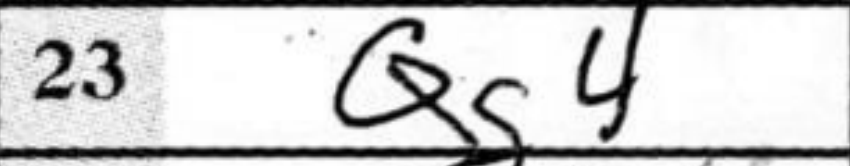
Transcription: Qg4